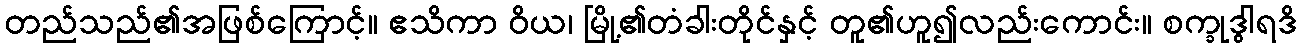
တည်သည်၏အဖြစ်ကြောင့်။ ဧသိကာ ဝိယ၊ မြို့၏တံခါးတိုင်နှင့် တူ၏ဟူ၍လည်းကောင်း။ စက္ခုဒွါရဒိ